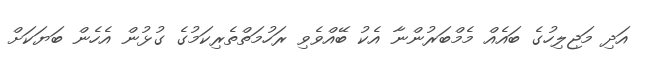
އަދި މަޖިލިހުގެ ބައެއް މެމްބަރުންނާ އެކު ބޭއްވެވި ރަހުމަތްތެރިކަމުގެ ގުޅުން އެހެން ބަޔަކަށް